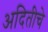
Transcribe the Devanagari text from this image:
अदितीचे